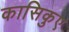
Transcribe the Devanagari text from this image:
कासिकुए